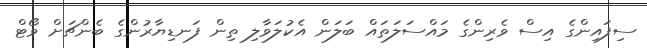
ސިފައިންގެ އިސް ވެރިންގެ މައްސަލަތައް ބަލަން އެކުލަވާލި ތިން ފަނޑިޔާރުންގެ ބެންޗަށް ވޯޓް